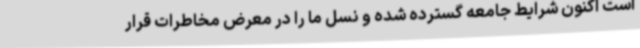
است اکنون شرایط جامعه گسترده شده و نسل ما را در معرض مخاطرات قرار